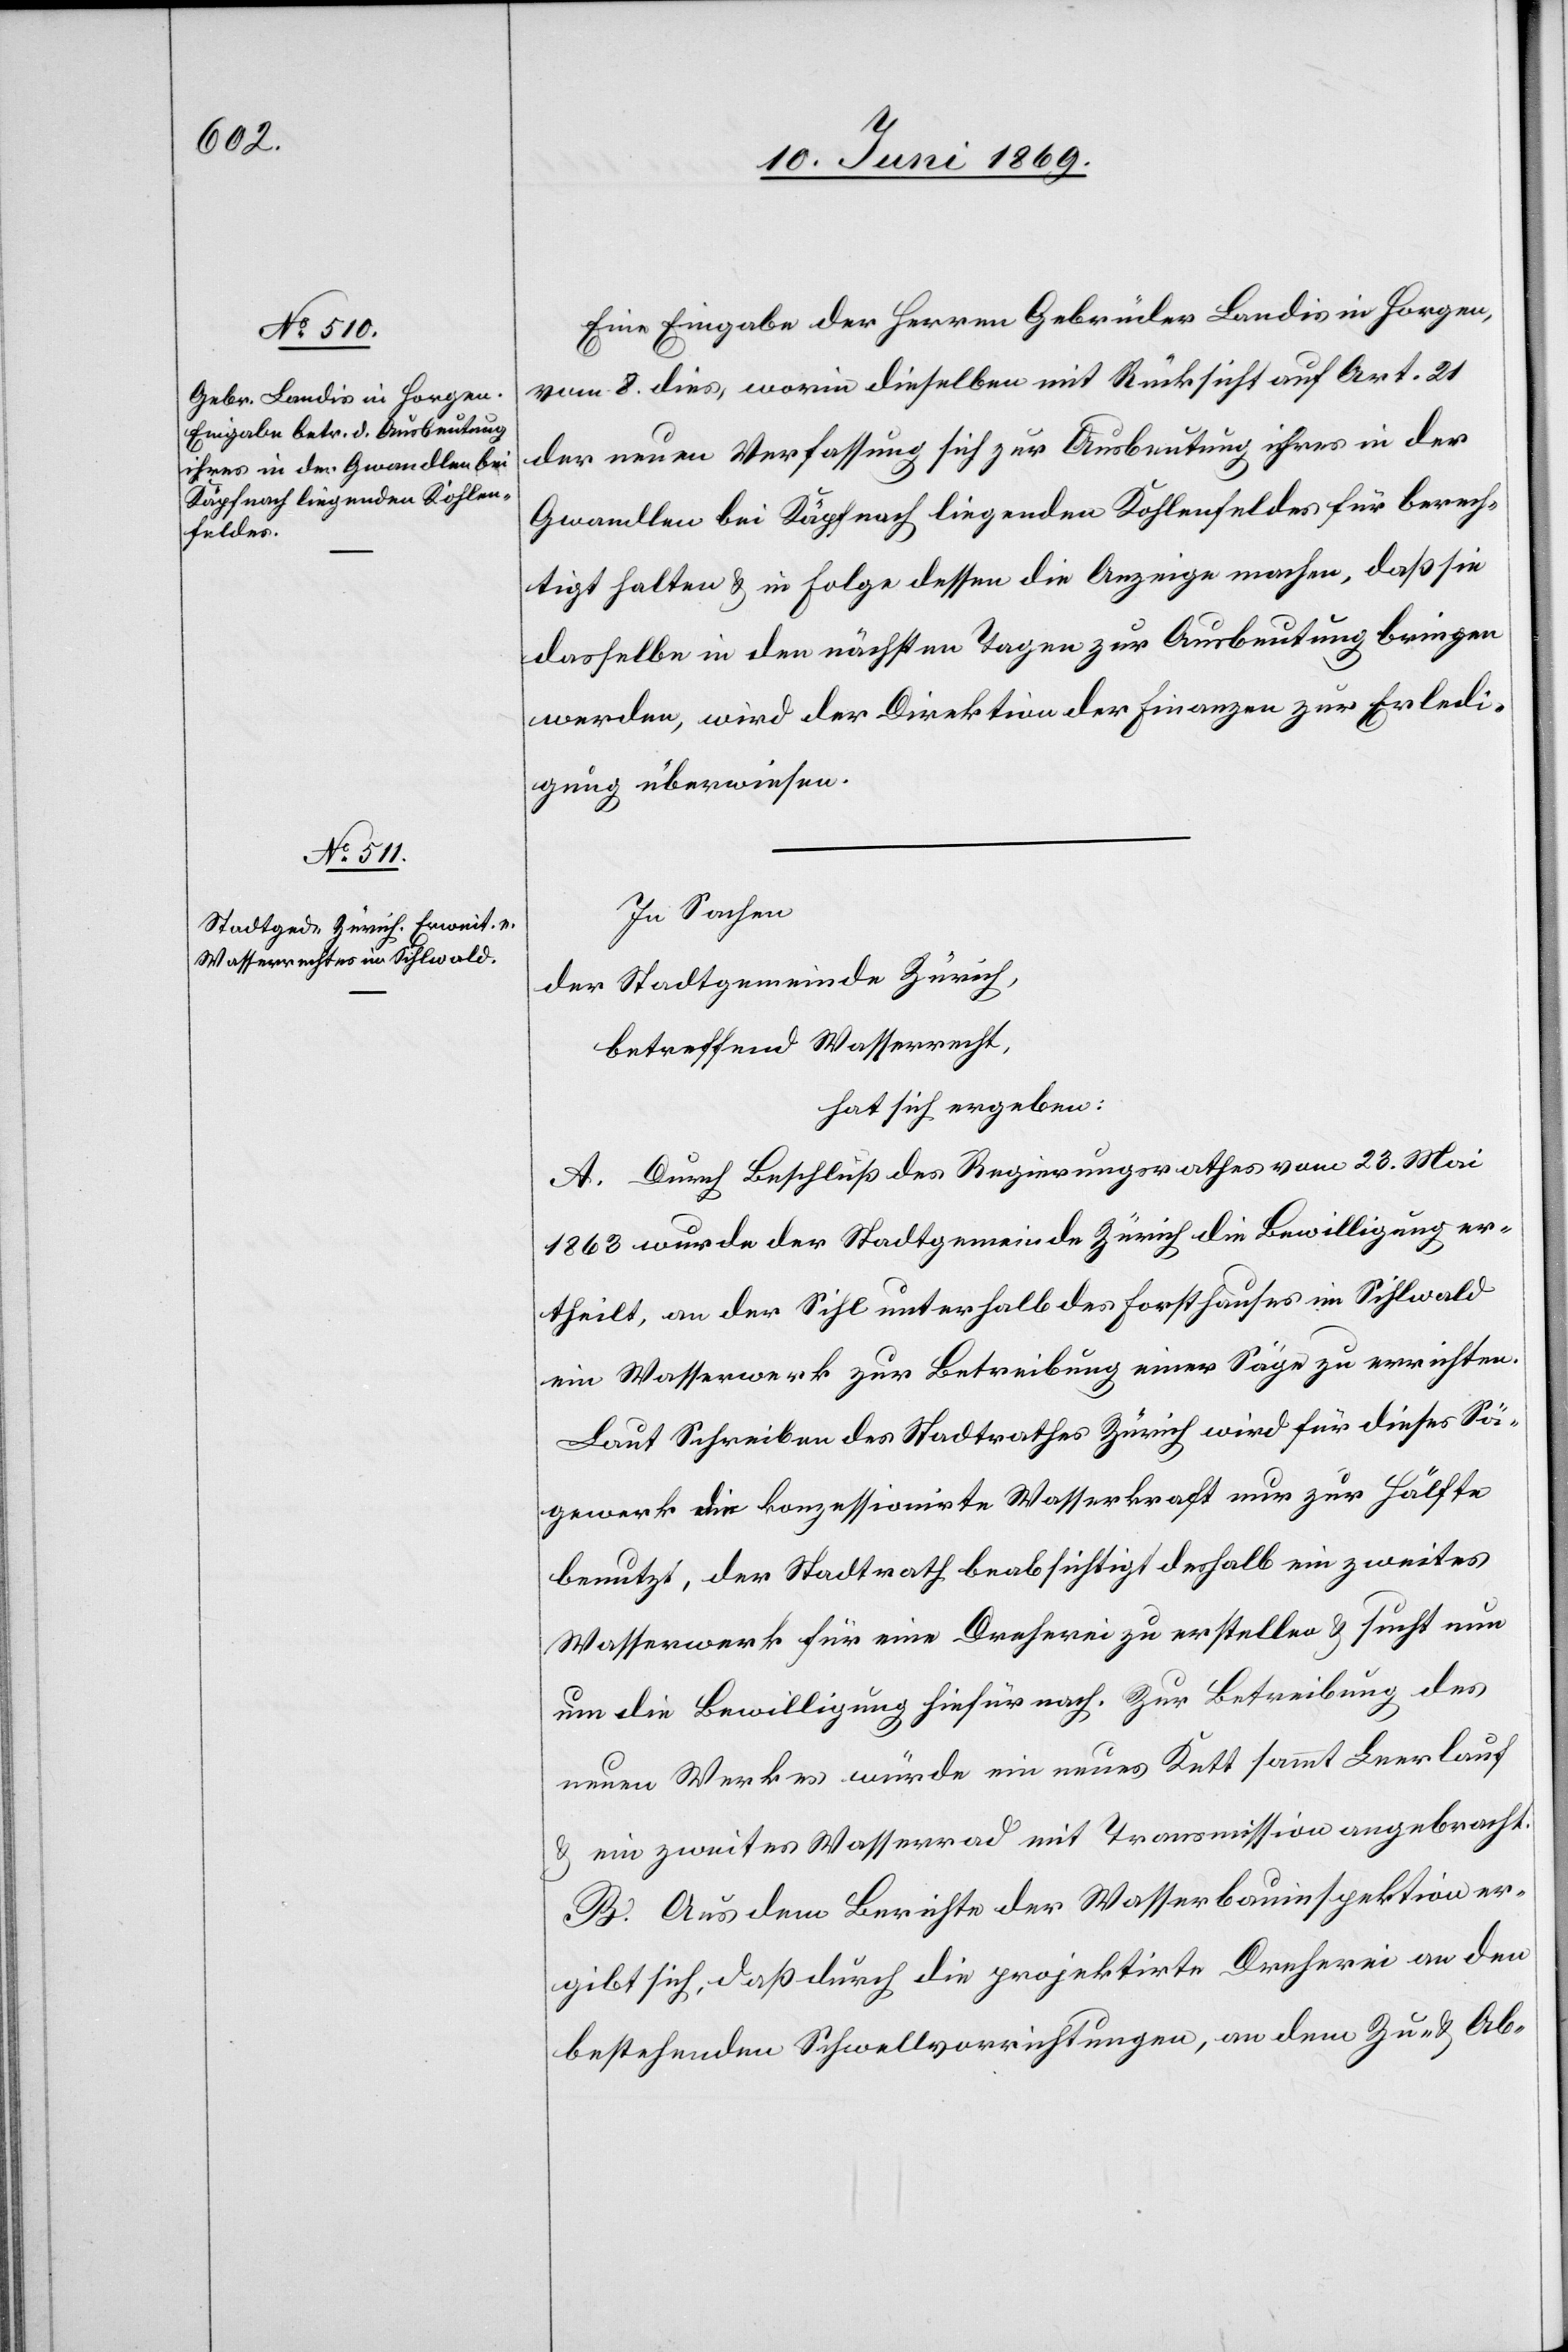
Eine Eingabe der Herren Gebrüder Landis in Horgen,
vom 8 dies, worin dieselben mit Rücksicht auf Art. 21
der neuen Verfassung sich zur Ausbeutung ihres in der
Gewandlen bei Käpfnach liegenden Kohlenfeldes für berech¬
tigt halten u. in Folge dessen die Anzeige machen, daß sie
dasselbe in den nächsten Tagen zur Ausbeutung bringen
werden, wird der Direktion der Finanzen zur Erledi¬
gung überwiesen.
In Sachen
der Stadtgemeinde Zürich,
betreffend Wasserrecht,
hat sich ergeben:
A. Durch Beschluß des Regierungsrathes vom 23. Mai
1863 wurde der Stadtgemeinde Zürich die Bewilligung er¬
theilt, an der Sihl unterhalb des Forsthauses im Sihlwald
ein Wasserwerk zur Betreibung einer Säge zu errichten.
Laut Schreiben des Stadtrathes Zürich wird für dieses Sä¬
gewerk die konzessionirte Wasserkraft nur zur Hälfte
benutzt, der Stadtrath beabsichtigt deshalb ein zweites
Wasserwerk für eine Dreherei zu erstellen u. sucht nun
um die Bewilligung hiefür nach. Zur Betreibung des
neuen Werkes würde ein neues Kett sammt Leerlauf
u. ein zweites Wasserrad mit Transmission angebracht.
B. Aus dem Berichte der Wasserbauinspektion er¬
gibt sich, daß durch die projektirte Dreherei an den
bestehenden Schwellvorrichtungen, an dem Zu- u. Ab-